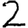
Digit: 2